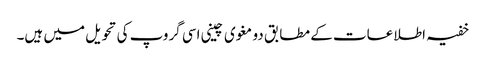
خفیہ اطلاعات کے مطابق دو مغوی چینی اسی گروپ کی تحویل میں ہیں۔